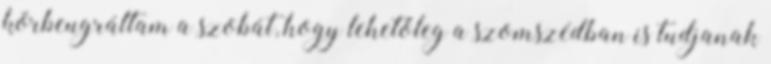
körbeugráltam a szobát, hogy lehetőleg a szomszédban is tudjanak